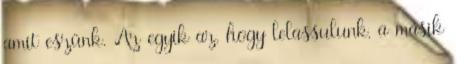
amit eszünk. Az egyik az, hogy lelassulunk, a másik